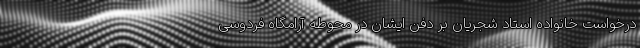
درخواست خانواده استاد شجریان بر دفن ایشان در محوطه آرامگاه فردوسی